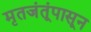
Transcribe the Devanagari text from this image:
मृतजंतूंपासून